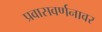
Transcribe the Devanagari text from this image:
प्रवासवर्णनावर